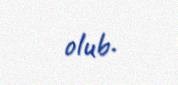
olub.